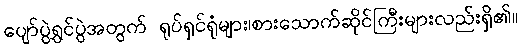
ပျော်ပွဲရွှင်ပွဲအတွက် ရုပ်ရှင်ရုံများ၊စားသောက်ဆိုင်ကြီးများလည်းရှိ၏။